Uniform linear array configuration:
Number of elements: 32
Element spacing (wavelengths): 0.75
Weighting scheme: cosine
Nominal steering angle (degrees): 60
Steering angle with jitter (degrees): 58.153
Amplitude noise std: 0.05
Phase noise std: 0.05

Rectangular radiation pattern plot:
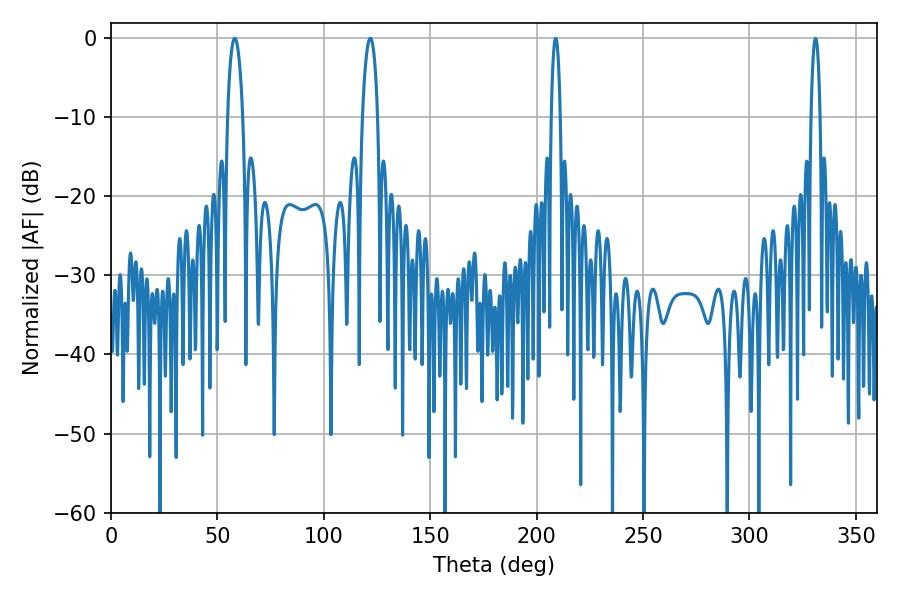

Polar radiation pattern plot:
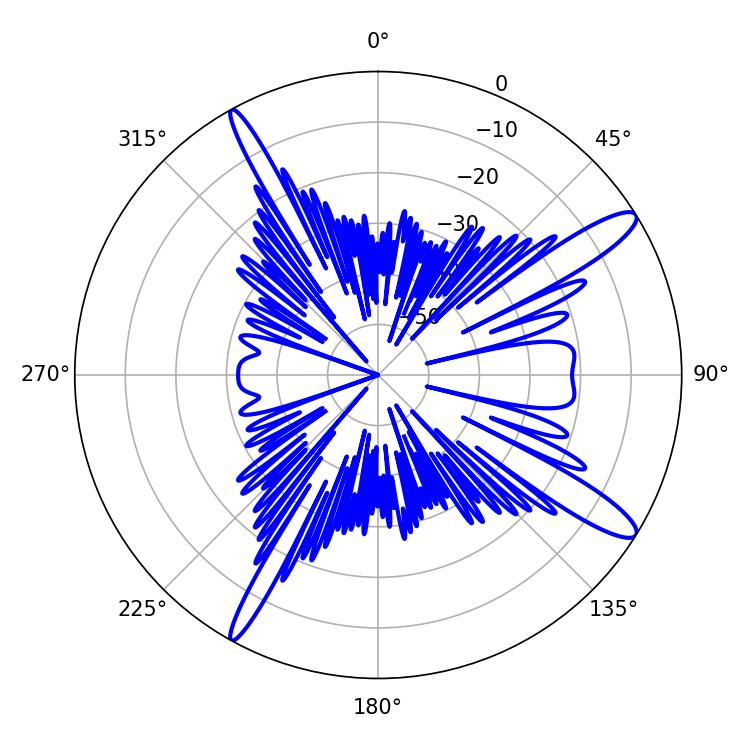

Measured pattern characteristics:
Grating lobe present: TRUE
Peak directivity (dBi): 13.465
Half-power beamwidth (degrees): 4.14
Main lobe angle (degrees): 58.14